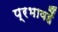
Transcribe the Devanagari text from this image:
प्रभावहैं